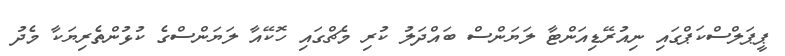
ޕީޕަލްސްކަޕްގައި ނިއުރޭޑިއަންޓާ ލަޔަންސް ބައްދަލު ކުރި މެޗްގައި ހޮކޭއާ ލަޔަންސްގެ ކުޅުންތެރިޔަކާ މެދު